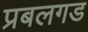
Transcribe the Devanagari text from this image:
प्रबलगड